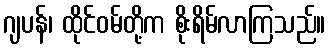
ဂျပန်၊ ထိုင်ဝမ်တို့က စိုးရိမ်လာကြသည်။